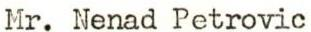
Mr. Nenad Petrovic